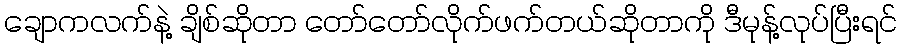
ချောကလက်နဲ့ ချိစ်ဆိုတာ တော်တော်လိုက်ဖက်တယ်ဆိုတာကို ဒီမုန့်လုပ်ပြီးရင်